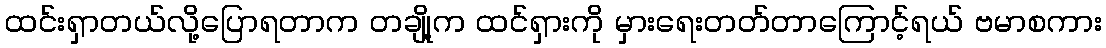
ထင်းရှာတယ်လို့ပြောရတာက တချို့က ထင်ရှားကို မှားရေးတတ်တာကြောင့်ရယ် ဗမာစကား